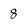
Character: 8